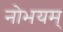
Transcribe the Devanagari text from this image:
नोभयम्